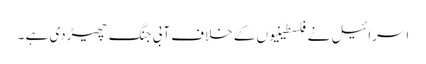
اسرائیل نے فلسطینیوں کے خلاف آبی جنگ چھیڑدی ہے ۔